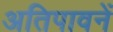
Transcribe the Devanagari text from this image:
अतिपावनें